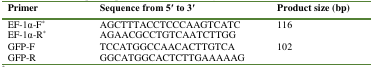
<table><thead><tr><td><b>Primer</b></td><td><b>Sequence from 5′ to 3′ </b></td><td><b>Product size (bp)</b></td></tr></thead><tbody><tr><td>EF-1α-F*</td><td>AGCTTTACCTCCCAAGTCATC</td><td>116</td></tr><tr><td>EF-1α-R*</td><td>AGAACGCCTGTCAATCTTGG</td><td></td></tr><tr><td>GFP-F </td><td>TCCATGGCCAACACTTGTCA</td><td>102</td></tr><tr><td>GFP-R </td><td>GGCATGGCACTCTTGAAAAAG</td><td></td></tr></tbody></table>